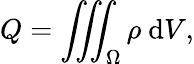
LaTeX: Q=\iiint_{\Omega}\rho\ \mathrm{d}V,